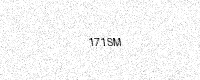
Text: 171SM